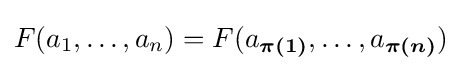
F(a_{1},\ldots ,a_{n})=F(a_{\boldsymbol {\pi (1)}},\ldots ,a_{\boldsymbol {\pi (n)}})